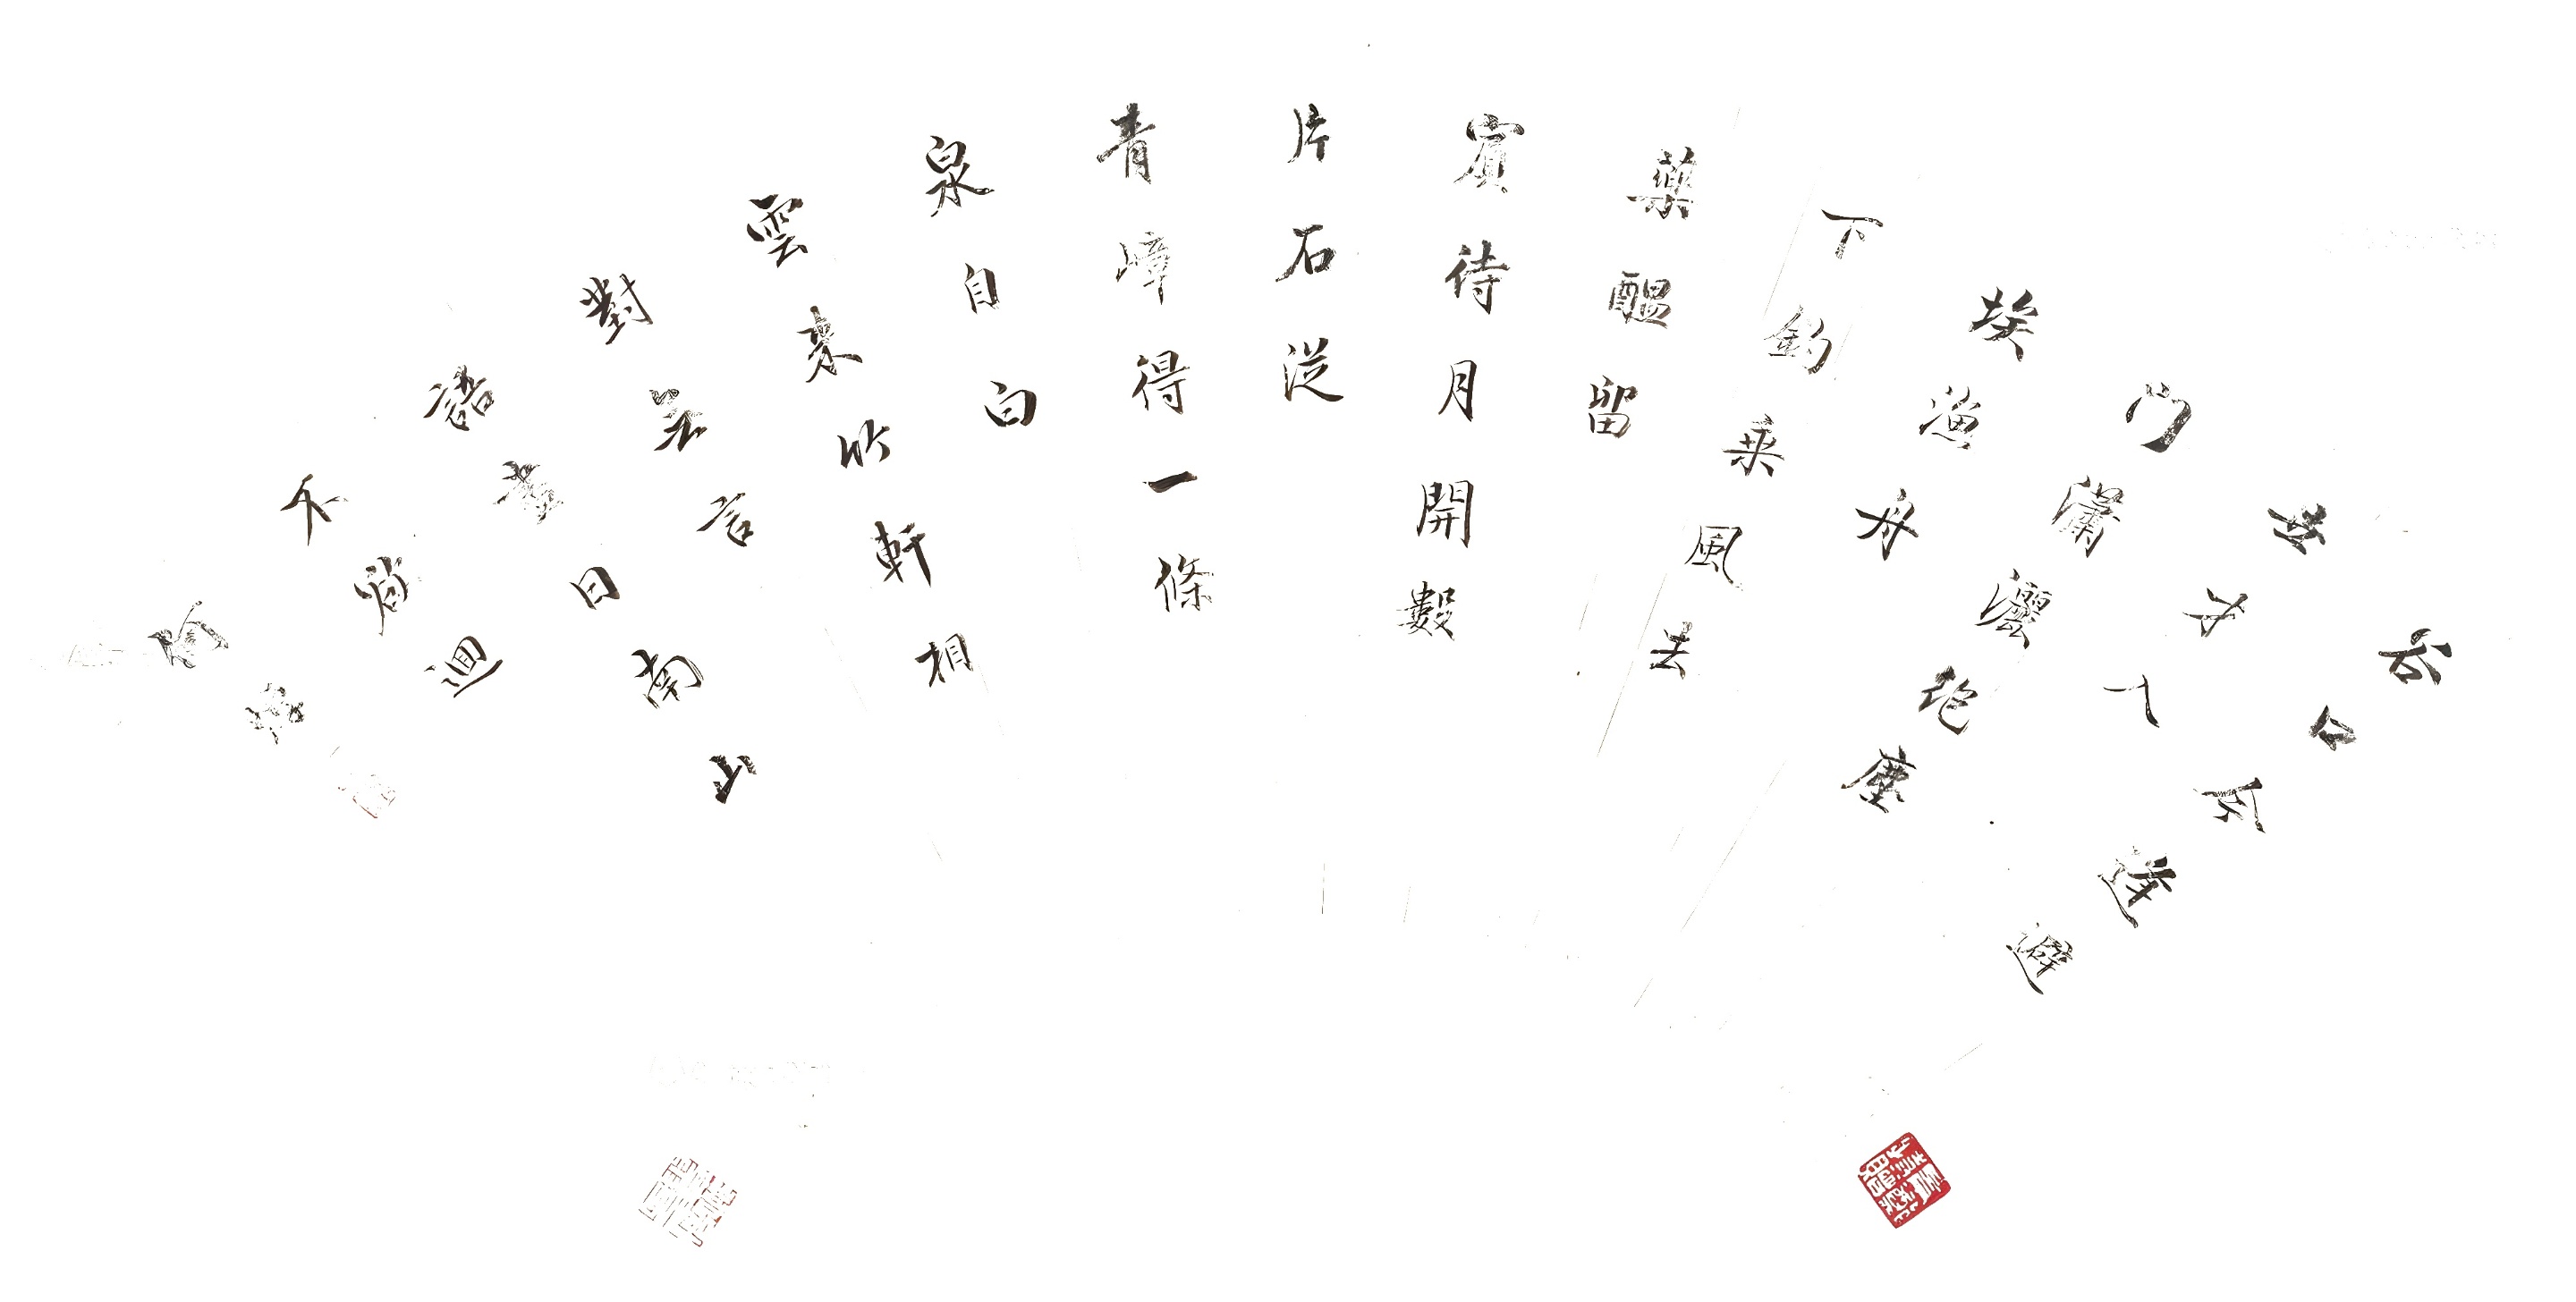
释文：谷口今逢避世才，入门潇洒绝尘埃。渔舟下钓乘风去，药酝留宾待月开。数片石从青嶂得，一条泉自白云来。竹轩相对无言语，尽日南山不欲回。何焯。